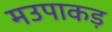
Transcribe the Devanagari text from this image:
मउपाकड़